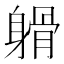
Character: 𨉦